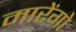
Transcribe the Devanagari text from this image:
मारेंगो